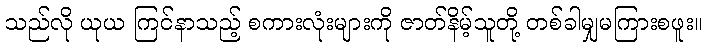
သည်လို ယုယ ကြင်နာသည့် စကားလုံးများကို ဇာတ်နိမ့်သူတို့ တစ်ခါမျှမကြားစဖူး။